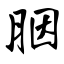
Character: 胭